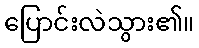
ပြောင်းလဲသွား၏။